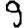
Digit: 9